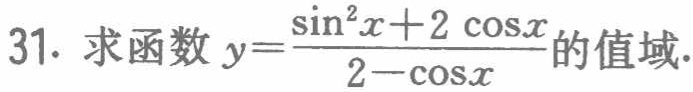
31. 求函数\(y = \frac{\sin^{2}x + 2\cos x}{2 - \cos x}\)的值域.